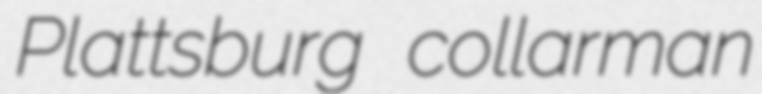
Plattsburg collarman